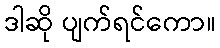
ဒါဆို ပျက်ရင်ကော။